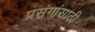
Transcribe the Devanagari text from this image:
प्रसंगांसाठी